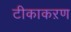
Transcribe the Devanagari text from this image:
टीकाकऱण